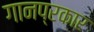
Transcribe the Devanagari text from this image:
गानप्रकार